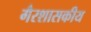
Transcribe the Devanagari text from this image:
गैरशासकीय